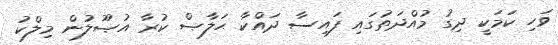
ވަހި ކަމަކީ ދިގު މުއްދަތުގައި ފައިސާ ދައްކާ ޙަލާޞް ކުރާ އުޞޫލުން މިލްކު